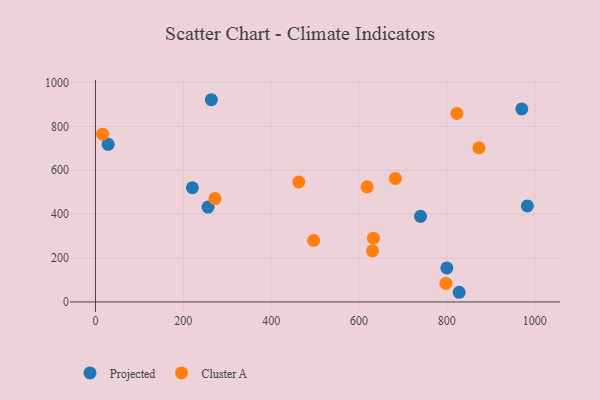
{"axis": {"x": "Distance", "y": "Yield"}, "legend": ["Cluster A", "Projected"], "data": [{"x": "970.7", "y": 879.5, "type": "Projected"}, {"x": "800.0", "y": 155.0, "type": "Projected"}, {"x": "28.8", "y": 718.4, "type": "Projected"}, {"x": "256.2", "y": 432.2, "type": "Projected"}, {"x": "828.1", "y": 44.1, "type": "Projected"}, {"x": "220.6", "y": 520.5, "type": "Projected"}, {"x": "263.7", "y": 921.5, "type": "Projected"}, {"x": "983.4", "y": 437.5, "type": "Projected"}, {"x": "740.1", "y": 390.1, "type": "Projected"}, {"x": "272.0", "y": 471.0, "type": "Cluster A"}, {"x": "873.0", "y": 702.1, "type": "Cluster A"}, {"x": "632.9", "y": 290.5, "type": "Cluster A"}, {"x": "618.4", "y": 524.5, "type": "Cluster A"}, {"x": "462.9", "y": 546.6, "type": "Cluster A"}, {"x": "16.2", "y": 764.4, "type": "Cluster A"}, {"x": "496.7", "y": 280.1, "type": "Cluster A"}, {"x": "822.9", "y": 859.1, "type": "Cluster A"}, {"x": "682.8", "y": 562.8, "type": "Cluster A"}, {"x": "797.9", "y": 84.6, "type": "Cluster A"}, {"x": "630.7", "y": 232.8, "type": "Cluster A"}]}